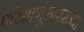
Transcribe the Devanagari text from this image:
परिंमाणूंसारख्या